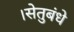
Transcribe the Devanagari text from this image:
।सेतुबंधे